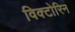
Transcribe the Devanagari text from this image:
विक्टोरिन